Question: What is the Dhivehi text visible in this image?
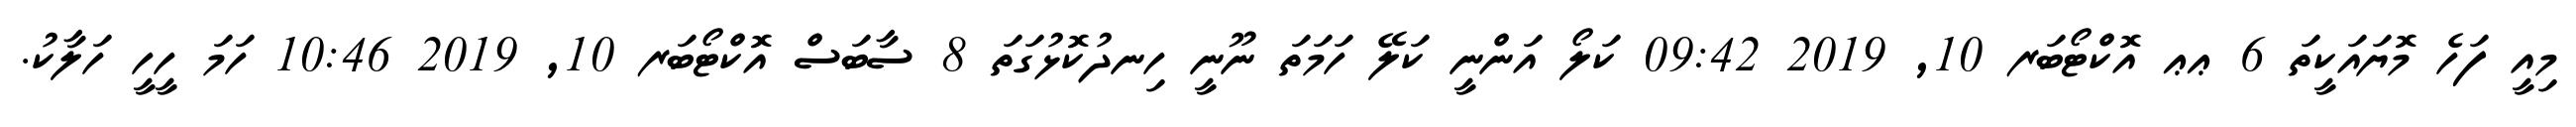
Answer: މިއީ ފަހެ މޮޔައަކީތަ 6 ޢޢ އޮކްޓޯބަރ 10, 2019 09:42 ކަލޯ އަންނީ ކަލޭ ހަމަތަ ނޫނީ ހިނދުކޮޅުގަތަ 8 ސާބަސް އޮކްޓޯބަރ 10, 2019 10:46 ހަމަ ހީހީ ހަލާކު.